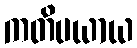
ကတိပယာယ